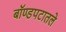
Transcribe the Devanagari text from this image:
बॉण्डपटातले